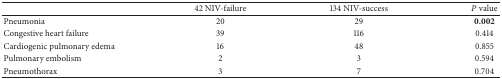
<table><thead><tr><td><b> </b></td><td><b>42 NIV-failure</b></td><td><b>134 NIV-success</b></td><td><b><i>P</i> value</b></td></tr></thead><tbody><tr><td>Pneumonia</td><td>20</td><td>29</td><td><b>0.002</b></td></tr><tr><td>Congestive heart failure</td><td>39</td><td>116</td><td>0.414</td></tr><tr><td>Cardiogenic pulmonary edema</td><td>16</td><td>48</td><td>0.855</td></tr><tr><td>Pulmonary embolism</td><td>2</td><td>3</td><td>0.594</td></tr><tr><td>Pneumothorax</td><td>3</td><td>7</td><td>0.704</td></tr></tbody></table>